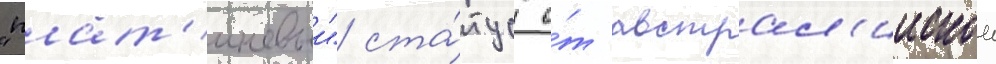
"плат'иновыи" ста́тус о́т австрал'иискои